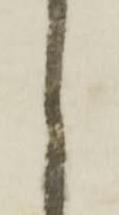
し